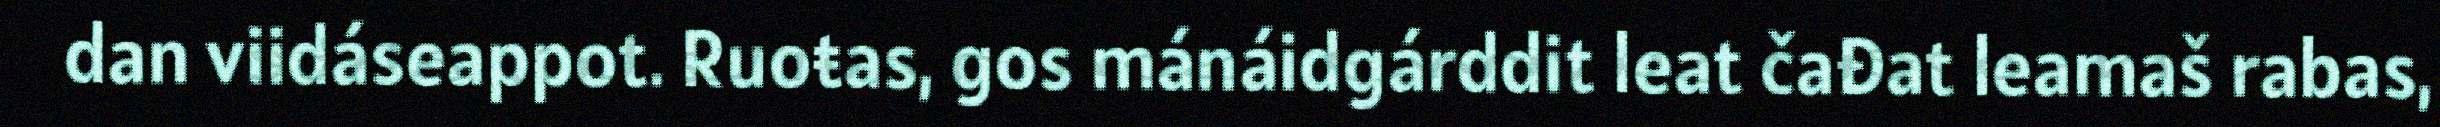
dan viidáseappot. Ruoŧas, gos mánáidgárddit leat čađat leamaš rabas,